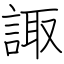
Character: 諏